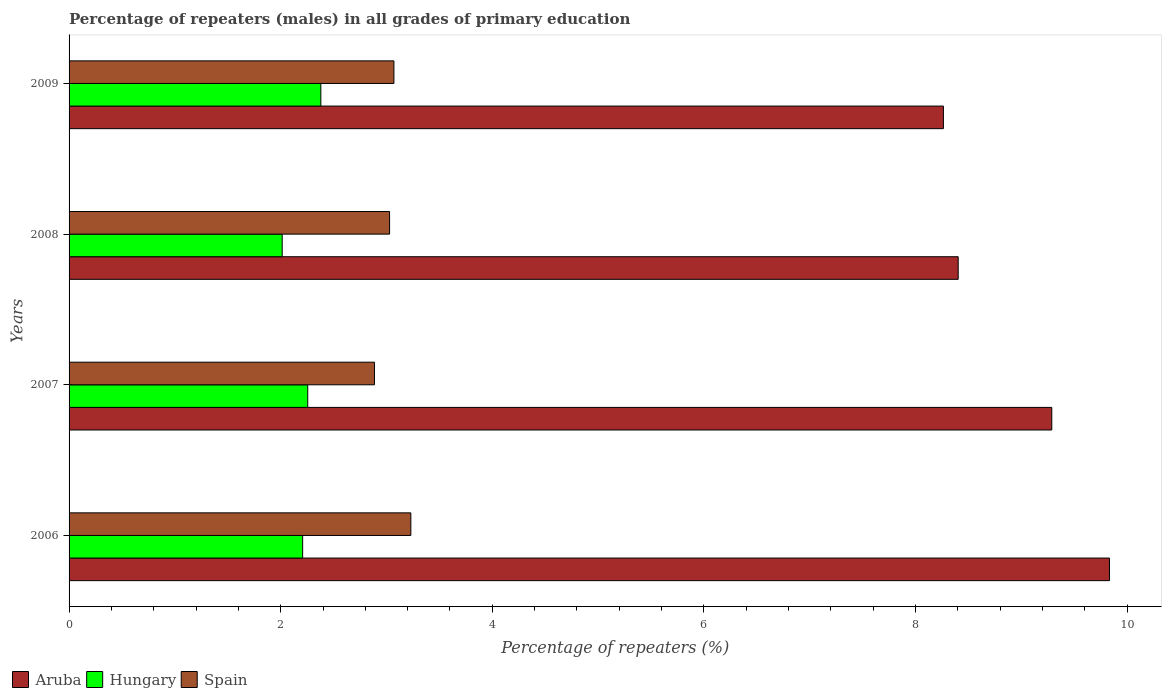
| Years | Aruba | Hungary | Spain |
 | --- | --- | --- | --- |
 | 2006 | 9.83 | 2.21 | 3.23 |
 | 2007 | 9.29 | 2.26 | 2.89 |
 | 2008 | 8.4 | 2.01 | 3.03 |
 | 2009 | 8.26 | 2.38 | 3.07 |